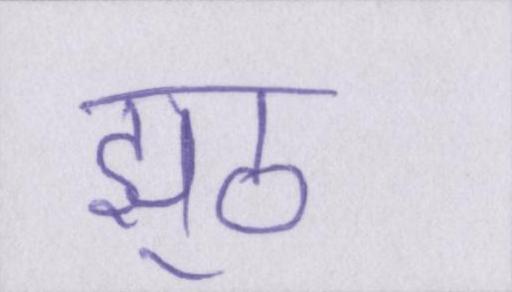
झूठ